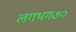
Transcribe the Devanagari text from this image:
लगभग७०